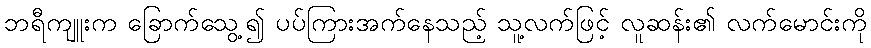
ဘရီကျူးက ခြောက်သွေ့၍ ပပ်ကြားအက်နေသည့် သူ့လက်ဖြင့် လူဆန်း၏ လက်မောင်းကို